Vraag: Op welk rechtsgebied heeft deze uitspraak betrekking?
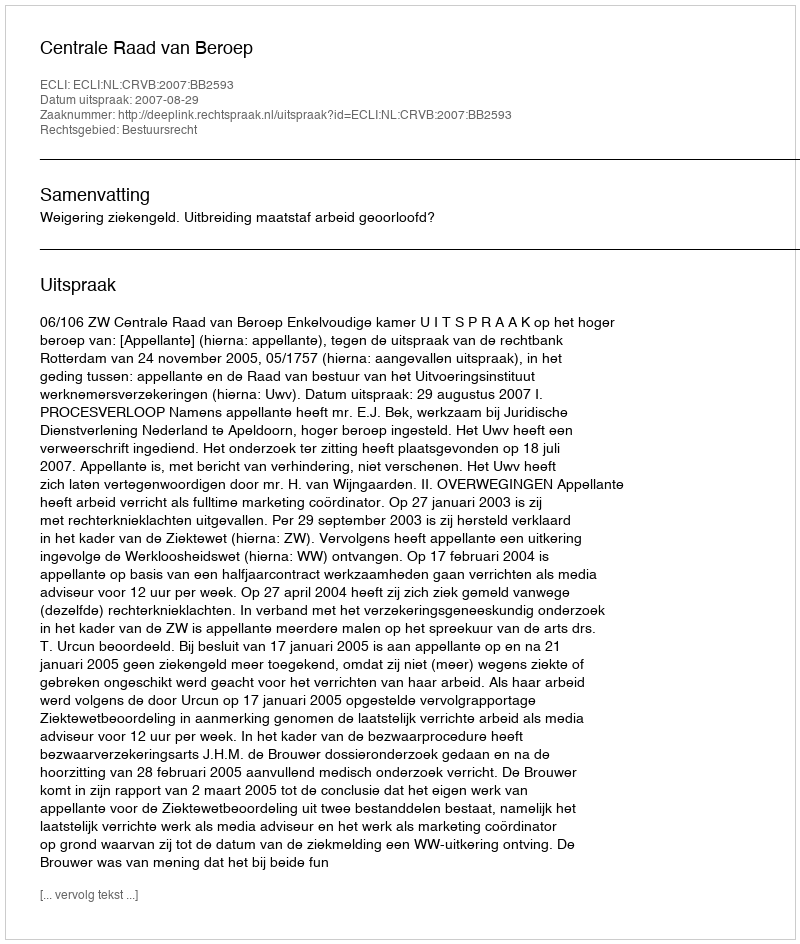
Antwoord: Bestuursrecht